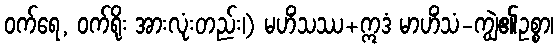
ဝက်ရေ, ဝက်ရိုး အားလုံးတည်း၊) မဟိံသဿ+ဣဒံ မာဟိံသံ-ကျွဲ၏ဥစ္စာ၊